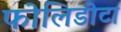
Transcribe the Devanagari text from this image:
फोलिडोटा